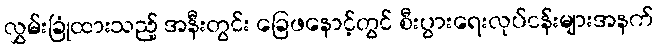
လွှမ်းခြုံထားသည့် အနီးတွင်း ခြေဖနောင့်တွင် စီးပွားရေးလုပ်ငန်းများအနက်